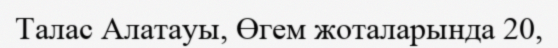
Талас Алатауы, Өгем жоталарында 20,